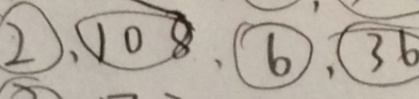
\textcircled { 2 } 、 \textcircled { 1 0 8 } 、 \textcircled { 6 } 、 \textcircled { 3 6 }